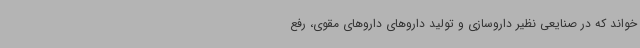
خواند که در صنایعی نظیر داروسازی و تولید داروهای داروهای مقوی، رفع